Report on the working of the Ranchi Indian Mental Hospital, Kanke, in Bihar and Orissa - 1930-1940
Year: 1930
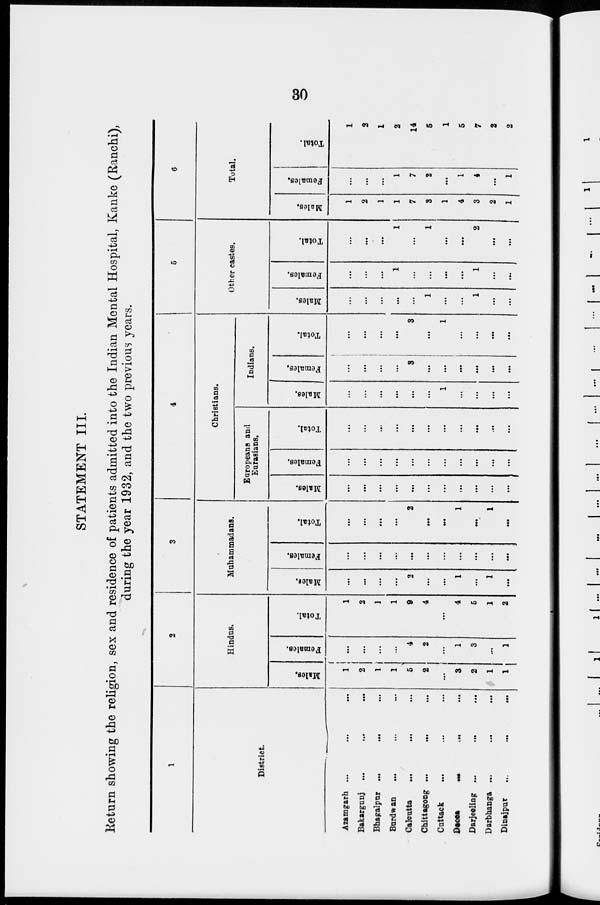
30
STATEMENT III.
Return showing the religion, sex and residence of patients admitted into the Indian Mental Hospital, Kanke (Ranchi),
during the year 1932, and the two previous years.
1
District.
Azamgarh ...
...
...
Bakargunj ... ... ...
Bhagalpur
...
...
...
Burdwan
...
...
...
Calcutta
...
...
...
Chittagong
...
...
...
Cuttack
...
...
...
Dacca ... ... ...
Darjeeling ... ... ...
Darbhanga
...
...
...
Dinajpur ... ... ...
2
Hindus.
Males.
1
2
1
1
5
2
...
3
2
1
1
Females.
...
...
...
...
4
2
...
1
3
...
1
Total.
1
2
1
1
9
4
...
4
5
1
2
3
Muhammadans.
Males.
...
...
...
...
2
...
...
1
...
1
...
Females.
...
...
...
...
...
...
...
...
...
...
...
Total.
...
...
...
...
2
...
...
1
...
1
...
4
Christians.
Europeans and
Eurasians.
Males.
...
...
...
...
...
...
...
...
...
...
...
Females.
...
...
...
...
...
...
...
...
...
...
...
Total.
...
...
...
...
...
...
...
...
...
...
...
Indians.
Males.
...
...
...
...
...
...
1
...
...
...
...
Females.
...
...
...
...
3
...
...
...
...
...
...
Total.
...
...
...
...
3
...
1
...
...
...
...
5
Other castes.
Males.
...
...
...
...
...
1
...
...
1
...
...
Females.
...
...
...
1
...
...
...
...
1
...
...
Total.
...
...
...
1
...
1
...
...
2
...
...
6
Total.
Males.
1
2
1
1
7
3
1
4
3
2
1
Females.
...
...
...
1
7
2
...
1
4
...
1
Total.
1
2
1
2
14
5
1
5
7
2
2